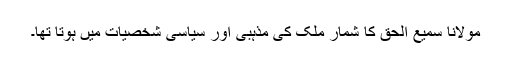
مولانا سمیع الحق کا شمار ملک کی مذہبی اور سیاسی شخصیات میں ہوتا تھا۔